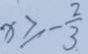
x \geqslant - \frac { 2 } { 3 }